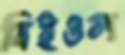
বিইওল